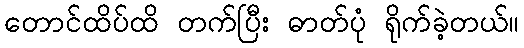
တောင်ထိပ်ထိ တက်ပြီး ဓာတ်ပုံ ရိုက်ခဲ့တယ်။